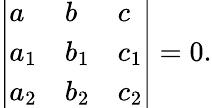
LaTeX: \left|{\begin{array}{lll}{a}&{b}&{c}\\ {a_{1}}&{b_{1}}&{c_{1}}\\ {a_{2}}&{b_{2}}&{c_{2}}\end{array}}\right|=0.